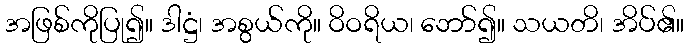
အဖြစ်ကိုပြု၍။ ဒါဋ္ဌံ၊ အစွယ်ကို။ ဝိဝရိယ၊ ဘော်၍။ သယတိ၊ အိပ်၏။